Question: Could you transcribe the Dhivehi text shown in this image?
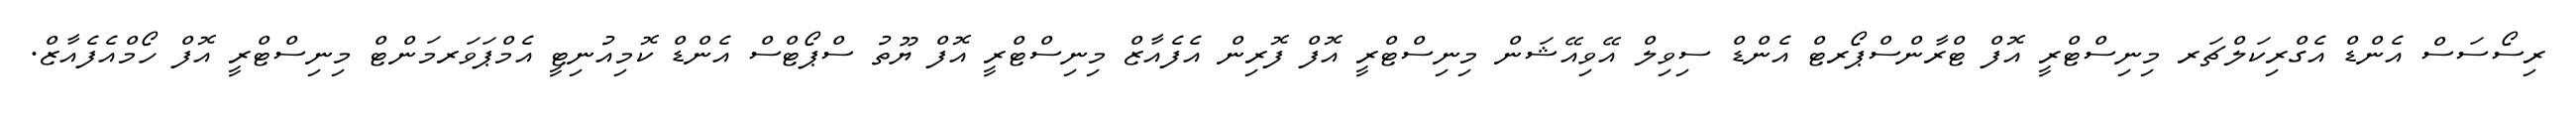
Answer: ރިސޯސަސް އެންޑް އެގްރިކަލްޗަރ މިނިސްޓްރީ އޮފް ޓްރާންސްޕޯރޓް އެންޑް ސިވިލް އޭވިއޭޝަން މިނިސްޓްރީ އޮފް ފޮރިން އެފެއާޒް މިނިސްޓްރީ އޮފް ޔޫތު ސްޕޯޓްސް އެންޑް ކޮމިއުނިޓީ އެމްޕަވަރމަންޓް މިނިސްޓްރީ އޮފް ހޯމްއެފެއާޒް.